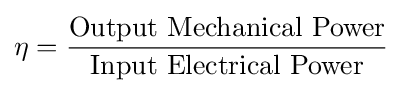
\eta ={\frac {\text{Output Mechanical Power}}{\text{Input Electrical Power}}}